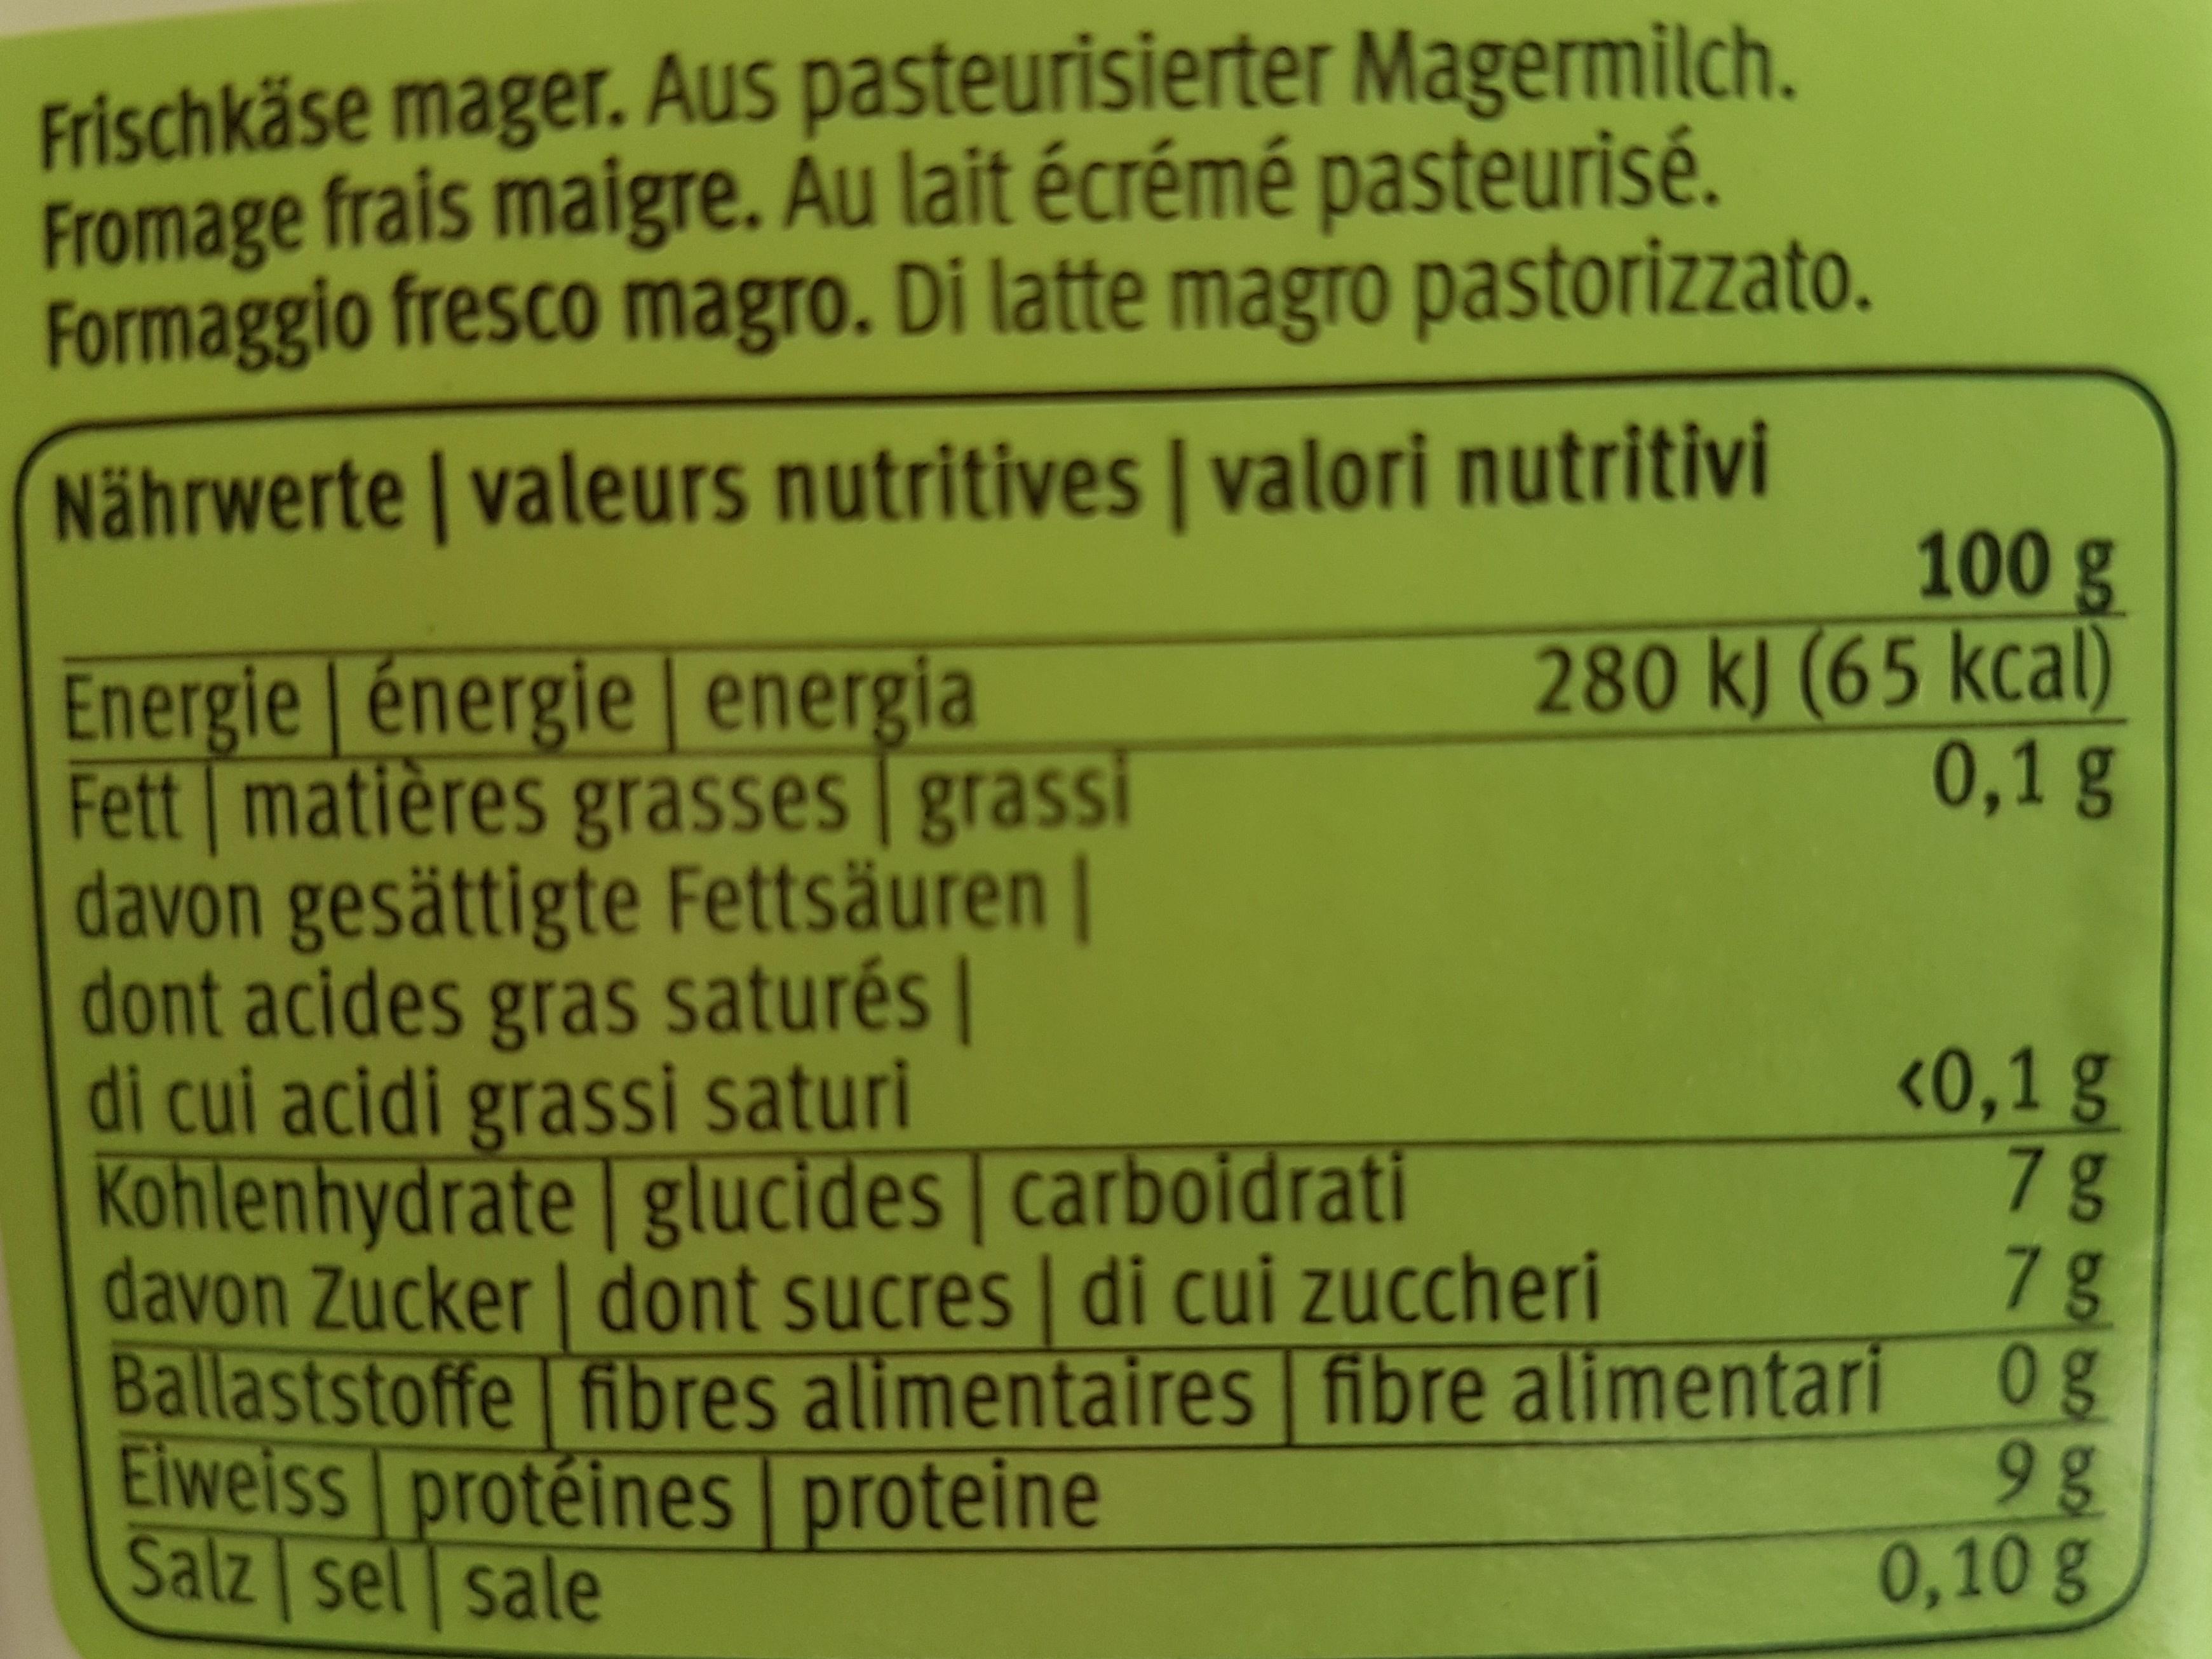
Frischkäse mager. Aus pasteurisierter Magermilch. Fromage frais maigre. Au lait écrémé pasteurisé. Formaggio fresco magro. Di latte magro pastorizzato.
Nährwerte | valeurs nutritives | valori nutritivi
100 g
280 kJ (65 kcal) 0,1 g
Energie énergie energia Fett matières grasses grassi davon gesättigte Fettsäuren | dont acides gras saturés | di cui acidi grassi saturi Kohlenhydrate glucides | carboidrati
davon Zucker | dont sucres | di cui zuccheri Ballaststoffe fibres alimentaires fibre alimentari Elweiss protéines proteine Salz sel sale
<0,1 g 7 g 7 g
Og 9g
0,10 g
slas as an an